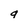
Character: g